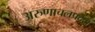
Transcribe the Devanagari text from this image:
अरुणाचलप्रदेश